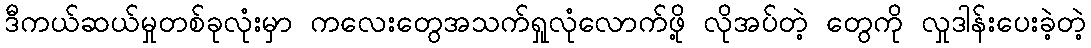
ဒီကယ်ဆယ်မှုတစ်ခုလုံးမှာ ကလေးတွေအသက်ရှုလုံလောက်ဖို့ လိုအပ်တဲ့ တွေကို လှုဒါန်းပေးခဲ့တဲ့